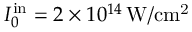
I _ { 0 } ^ { \mathrm { i n } } = 2 \times 1 0 ^ { 1 4 } \, \mathrm { W / c m ^ { 2 } }